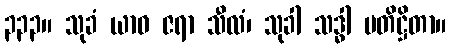
၃၃၃။ သုခံ ယာဝ ဇရာ သီလံ၊ သုခါ သဒ္ဓါ ပတိဋ္ဌိတာ။